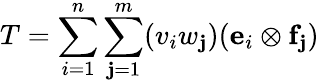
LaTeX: T=\sum_{i=1}^{n}\sum_{\mathbf{j}=1}^{m}(v_{i}w_{\mathbf{j}})(\mathbf{{e}}_{i}\otimes\mathbf{{f}}_{\mathbf{j}})